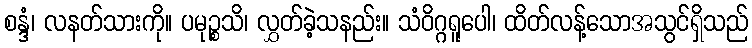
စန္ဒံ၊ လနတ်သားကို။ ပမုဉ္စသိ၊ လွှတ်ခဲ့သနည်း။ သံဝိဂ္ဂရူပေါ၊ ထိတ်လန့်သောအသွင်ရှိသည်